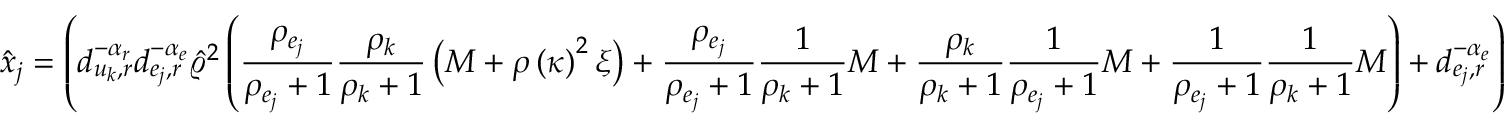
\hat { x } _ { j } = \left( d _ { u _ { k } , r } ^ { - \alpha _ { r } } d _ { e _ { j } , r } ^ { - \alpha _ { e } } \hat { \varrho } ^ { 2 } \left( \frac { \rho _ { e _ { j } } } { \rho _ { e _ { j } } + 1 } \frac { \rho _ { k } } { \rho _ { k } + 1 } \left( M + \rho \left( \kappa \right) ^ { 2 } \xi \right) + \frac { \rho _ { e _ { j } } } { \rho _ { e _ { j } } + 1 } \frac { 1 } { \rho _ { k } + 1 } M + \frac { \rho _ { k } } { \rho _ { k } + 1 } \frac { 1 } { \rho _ { e _ { j } } + 1 } M + \frac { 1 } { \rho _ { e _ { j } } + 1 } \frac { 1 } { \rho _ { k } + 1 } M \right) + d _ { e _ { j } , r } ^ { - \alpha _ { e } } \right)